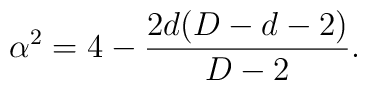
\alpha^2=4-\frac{2d(D-d-2)}{D-2}.